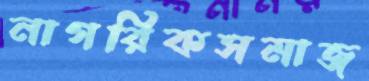
নাগরিকসমাজ